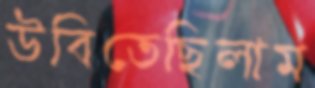
উবিতেছিলাম